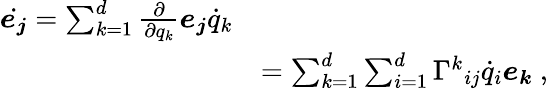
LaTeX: {\begin{array}{rl}{{\dot{\boldsymbol{e_{j}}}}=\sum_{k=1}^{d}{\frac{\partial}{\partial q_{k}}}{\boldsymbol{e_{j}}}{\dot{q}}_{k}}\\ &{=\sum_{k=1}^{d}\sum_{i=1}^{d}{\Gamma^{k}}_{ij}{\dot{q}}_{i}{\boldsymbol{e_{k}}}\ ,}\end{array}}